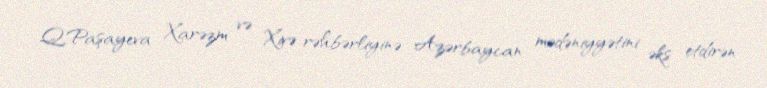
Q.Paşayeva Xarəzm və Xivə rəhbərliyinə Azərbaycan mədəniyyətini əks etdirən